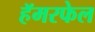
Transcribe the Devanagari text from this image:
हॅमरफेल